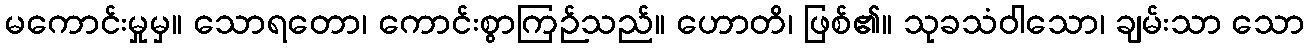
မကောင်းမှုမှ။ သောရတော၊ ကောင်းစွာကြဉ်သည်။ ဟောတိ၊ ဖြစ်၏။ သုခသံဝါသော၊ ချမ်းသာ သော